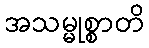
အသမ္မုစ္စာတိ